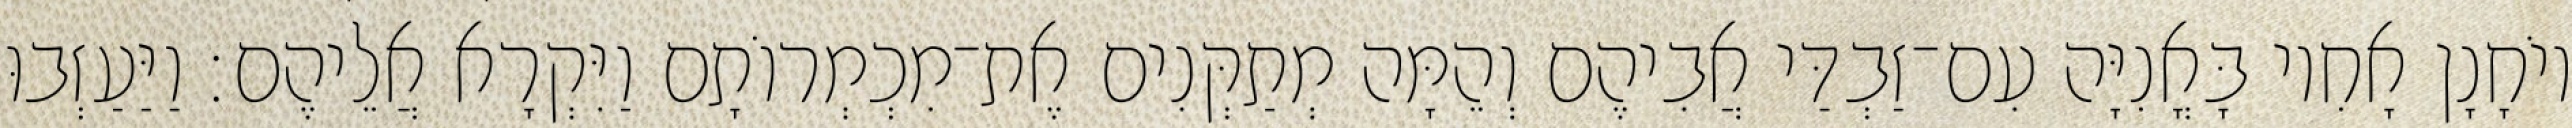
יוֹחָנָן אָחִיו בָּאֳנִיָּה עִם־זַבְדַּי אֲבִיהֶם וְהֵמָּה מְתַקְּנִים אֶת־מִכְמְרוֹתָם וַיִּקְרָא אֲלֵיהֶם׃ וַיַּעַזְבוּ